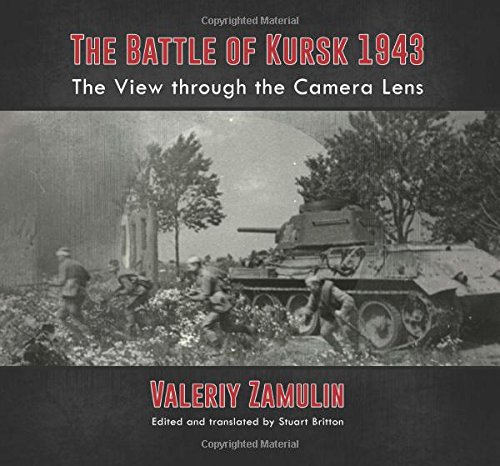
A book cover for The Battle of Kursk 1943: The View through the Camera Lens; Valeriy Zamulin; Arts & Photography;